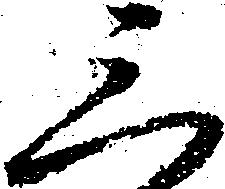
三